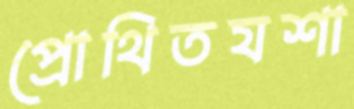
প্রোথিতযশা